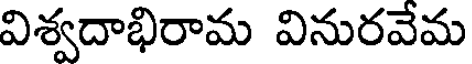
విశ్వదాభిరామ వినురవేమ